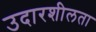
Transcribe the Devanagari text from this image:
उदारशीलता